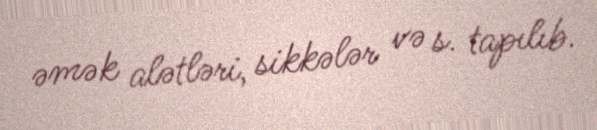
əmək alətləri, sikkələr və s. tapılıb.